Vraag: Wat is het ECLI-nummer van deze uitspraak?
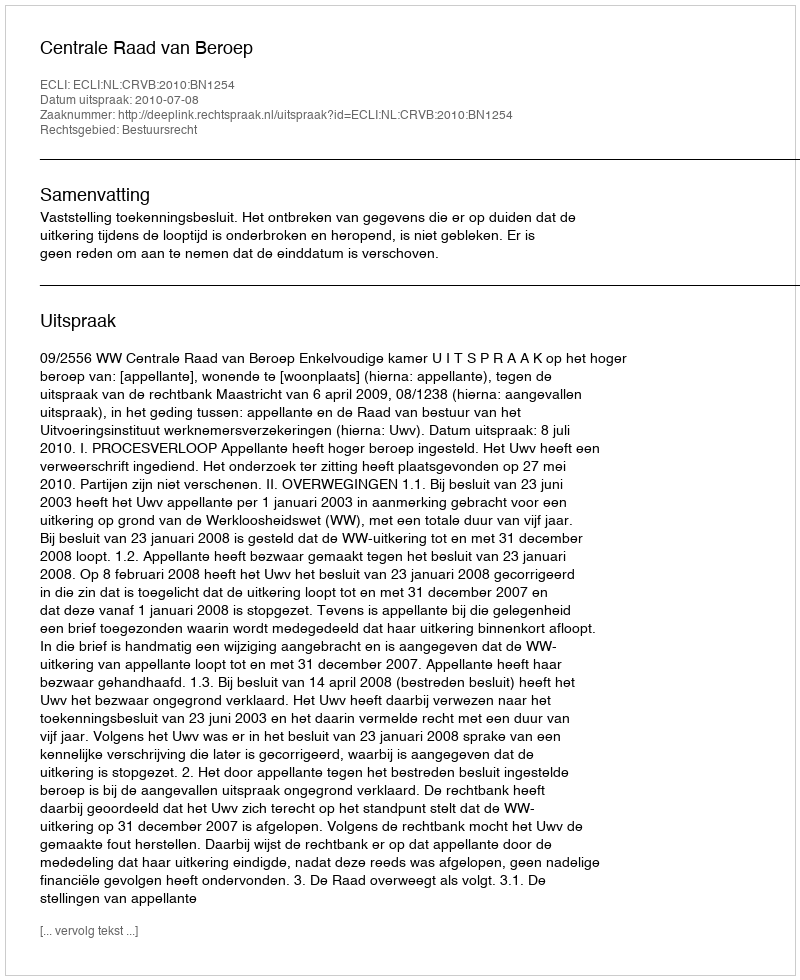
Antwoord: ECLI:NL:CRVB:2010:BN1254